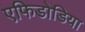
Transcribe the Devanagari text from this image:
एफिडोडिया